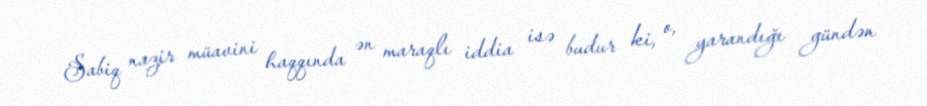
Sabiq nazir müavini haqqında ən maraqlı iddia isə budur ki, o, yarandığı gündən